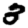
Digit: 3